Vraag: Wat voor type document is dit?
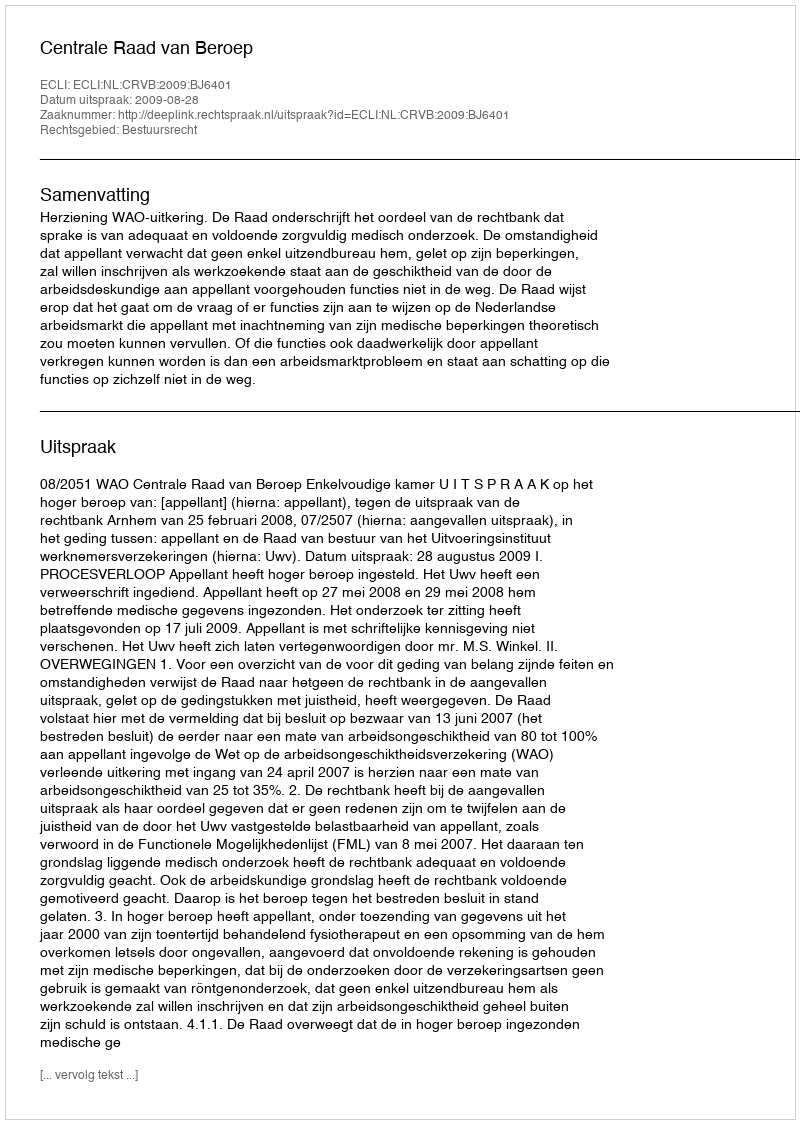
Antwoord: Uitspraak